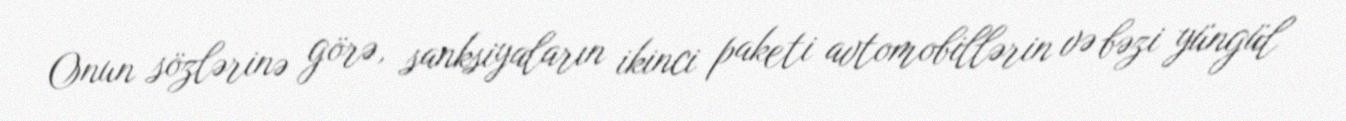
Onun sözlərinə görə, sanksiyaların ikinci paketi avtomobillərin və bəzi yüngül